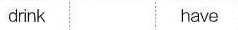
drink have